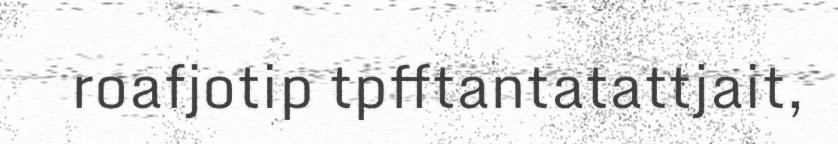
roafjotip tpfftantatattjait,